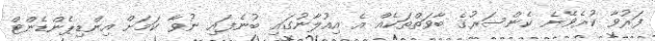
ފަރުވާ ކުރެވޭނެ ކެންސަރުގެ ބާވަތްތަކެއް އެ އިއުލާނުގައި ބުނެފައި ނުވާ ކަމަށް އިންޑިޕެންޑެންޓް